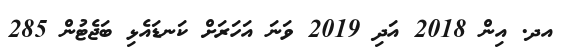
އދ. އިން 2018 އަދި 2019 ވަނަ އަހަރަށް ކަނޑައެޅި ބަޖެޓުން 285